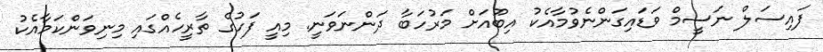
ފައިސަލް ނަސީމް ވަޑައިގަންނެވުމާއެކު އިބޫއަށް މަރުހަބާ ދަންނަވަނީ. މިއީ ފަހުގެ ތާރީހެއްގައި މިނިވަންކަމާއެކު